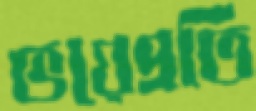
ভয়েপ্রতি